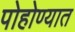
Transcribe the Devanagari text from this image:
पोहोण्यात